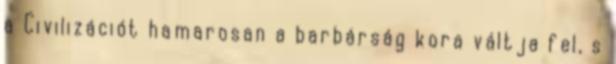
a Civilizációt hamarosan a barbárság kora váltja fel, s